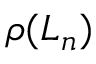
\rho ( L _ { n } )